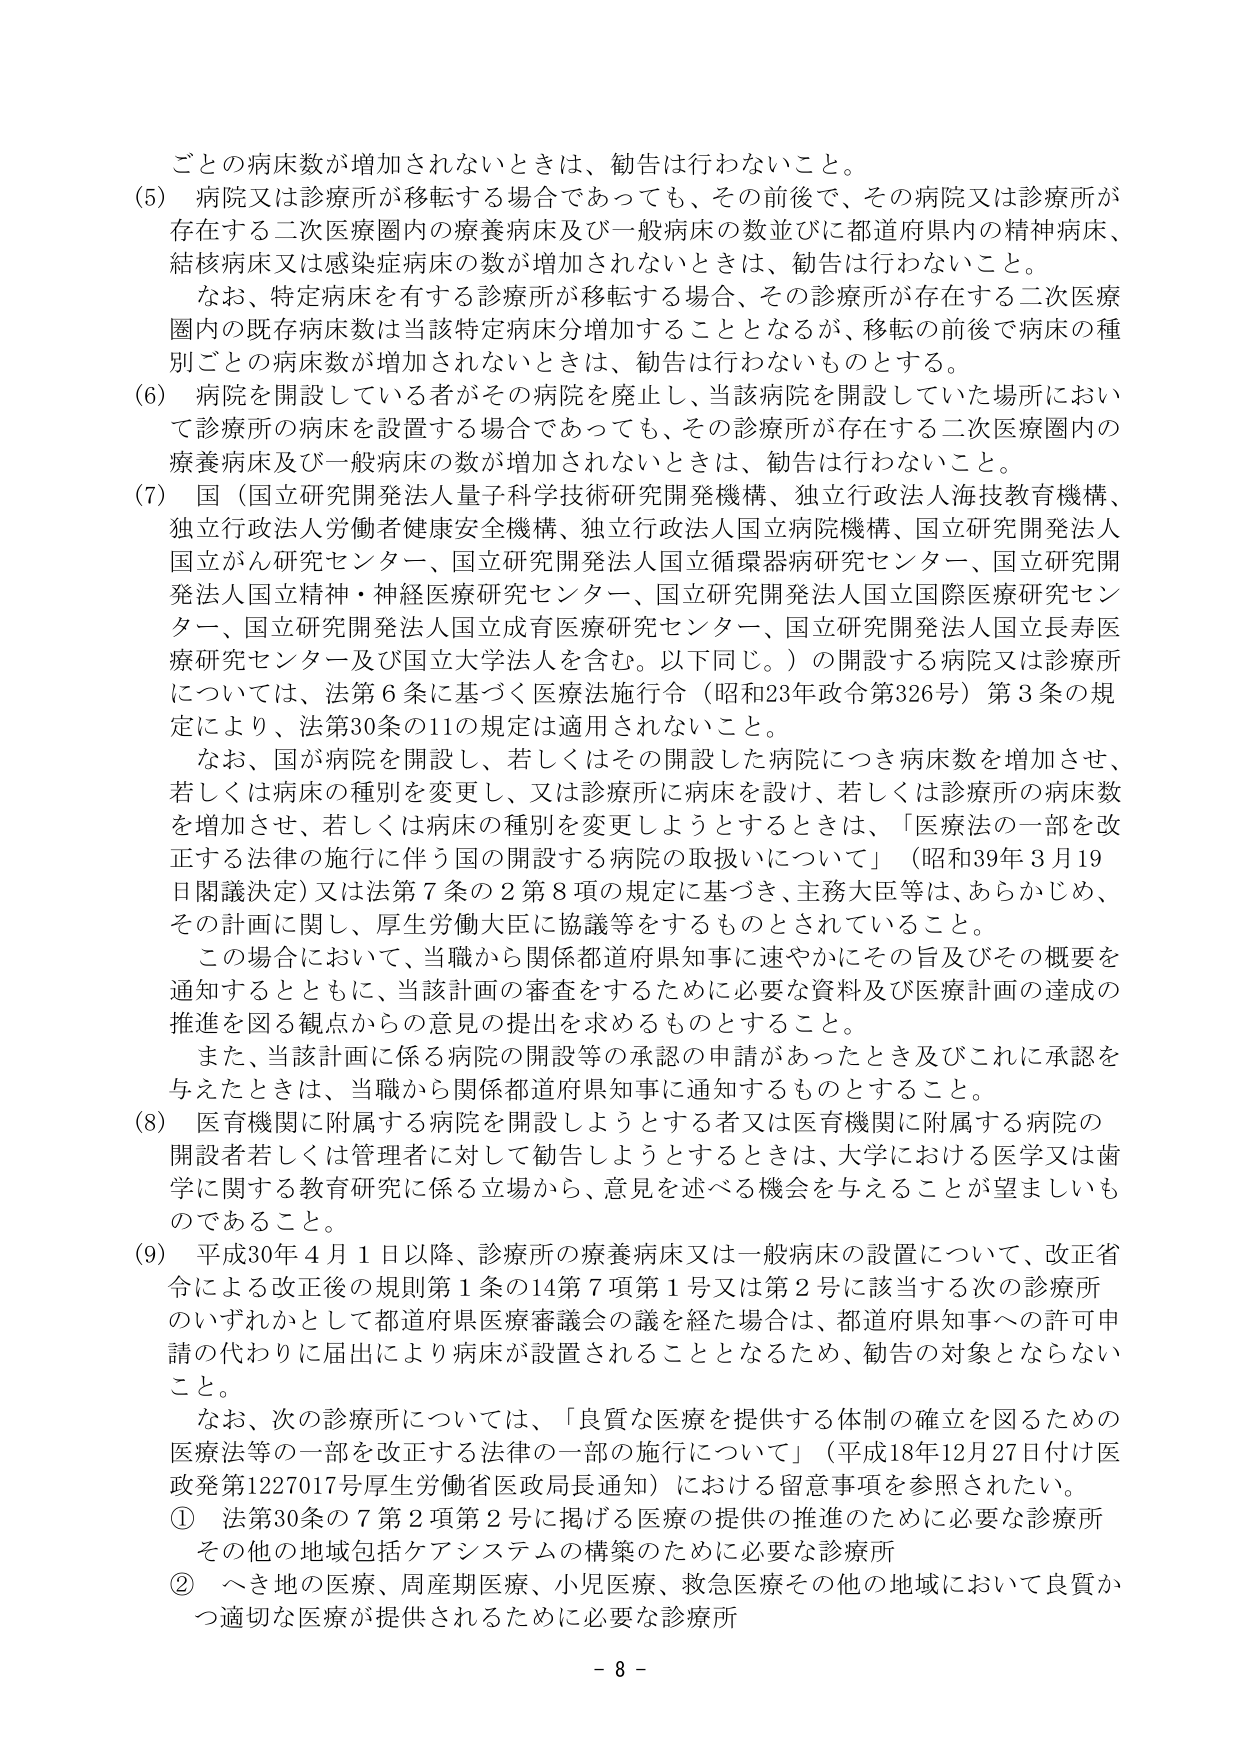
ごとの病床数が増加されないときは、勧告は行わないこと。

(5) 病院又は診療所が移転する場合であっても、その前後で、その病院又は診療所が存在する二次医療圏内の療養病床及び一般病床の数並びに都道府県内の精神病床、結核病床又は感染症病床の数が増加されないときは、勧告は行わないこと。

　なお、特定病床を有する診療所が移転する場合、その診療所が存在する二次医療圏内の既存病床数は当該特定病床が増加することとなるが、移転の前後で病床の種別ごとの病床数が増加されないときは、勧告は行わないものとする。

(6) 病院を開設している者がその病院を廃止し、当該病院を開設していた場所において診療所の病床を設置する場合であっても、その診療所が存在する二次医療圏内の療養病床及び一般病床の数が増加されないときは、勧告は行わないこと。

(7) 国（国立研究開発法人量子科学技術研究開発機構、独立行政法人海技教育機構、独立行政法人労働者健康安全機構、独立行政法人国立病院機構、国立研究開発法人国立がん研究センター、国立研究開発法人国立循環器病研究センター、国立研究開発法人国立精神・神経医療研究センター、国立研究開発法人国立国際医療研究センター、国立研究開発法人国立成育医療研究センター、国立研究開発法人国立長寿医療研究センター及び国立大学法人を含む。以下同じ。）の開設する病院又は診療所については、法第6条に基づく医療法施行令（昭和23年政令第326号）第3条の規定により、法第30条の11の規定は適用されないこと。

　なお、国が病院を開設し、若しくはその開設した病院につき病床数を増加させ、若しくは病床の種別を変更し、又は診療所に病床を設け、若しくは診療所の病床数を増加させ、若しくは病床の種別を変更しようとするときは、「医療法の一部を改正する法律の施行に伴う国の開設する病院の取扱いについて」（昭和39年3月19日閣議決定）又は法第7条の2第8項の規定に基づき、主務大臣等は、あらかじめ、その計画に関して、厚生労働大臣に協議等をするものとされていること。

　この場合において、当職から関係都道府県知事に速やかにその旨及びその概要を通知するとともに、当該計画の審査をするために必要な資料及び医療計画の達成の推進を図る観点からの意見の提出を求めるものとすること。

　また、当該計画に係る病院の開設等の承認の申請があったとき及びこれに承認を与えたときは、当職から関係都道府県知事に通知するものとすること。

(8) 医育機関に附属する病院を開設しようとする者又は医育機関に附属する病院の開設者若しくは管理者に対して勧告しようとするときは、大学における医学又は歯学に関する教育研究に係る立場から、意見を述べる機会を与えることが望ましいものであること。

(9) 平成30年4月1日以降、診療所の療養病床又は一般病床の設置について、改正省令による改正後の規則第1条の14第7項第1号又は第2号に該当する次の診療所のいずれかとして都道府県医療審議会の議を経た場合は、都道府県知事への許可申請の代わりに届出により病床が設置されることとなるため、勧告の対象とならないこと。

　なお、次の診療所については、「良質な医療を提供する体制の確立を図るための医療法等の一部を改正する法律の一部の施行について」（平成18年12月27日付け医政発第1227017号厚生労働省医政局長通知）における留意事項を参照されたい。

① 法第30条の7第2項第2号に掲げる医療の提供の推進のために必要な診療所
　その他の地域包括ケアシステムの構築のために必要な診療所

② へき地の医療、周産期医療、小児医療、救急医療その他の地域において良質かつ適切な医療が提供されるために必要な診療所

- 8 -